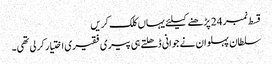
قسط نمبر 24 پڑھنے کیلئے یہاں کلک کریں
سلطان پہلوان نے جوانی ڈھلتے ہی پیری فقیری اختیار کر لی تھی۔